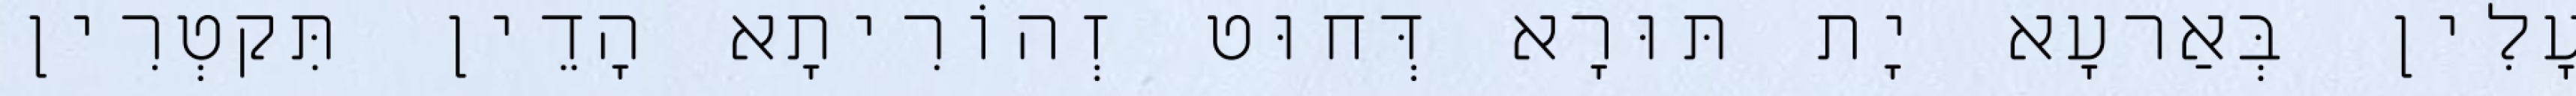
עָלִין בְּאַרעָא יָת תּוּרָא דְּחוּט זְהוֹרִיתָא הָדֵין תִּקטְרִין